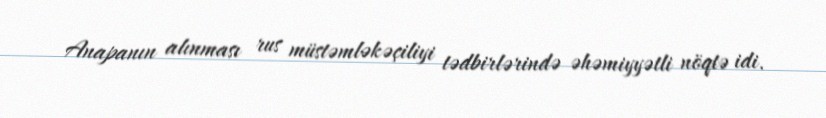
Anapanın alınması rus müstəmləkəçiliyi tədbirlərində əhəmiyyətli nöqtə idi.